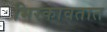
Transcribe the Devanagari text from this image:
भिरकावतात